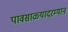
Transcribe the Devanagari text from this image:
पावसाळ्यादरम्यान